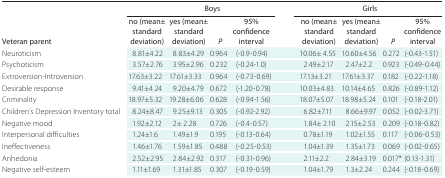
<table><thead><tr><td></td><td colspan="4"><b>Boys</b></td><td colspan="4"><b>Girls</b></td></tr><tr><td><b>Veteran parent</b></td><td><b>no (mean±standard deviation)</b></td><td><b>yes (mean± standard deviation)</b></td><td><b><i>P</i></b></td><td><b>95% confidence interval</b></td><td><b>no (mean± standard deviation)</b></td><td><b>yes (mean± standard deviation)</b></td><td><b><i>P</i></b></td><td><b>95% confidence interval</b></td></tr></thead><tbody><tr><td>Neuroticism</td><td>8.81±4.22</td><td>8.83±4.29</td><td>0.964</td><td>(-0.9-0.94)</td><td>10.06± 4.55</td><td>10.60±4.56</td><td>0.272</td><td>(-0.43-1.51)</td></tr><tr><td>Psychoticism</td><td>3.57±2.76</td><td>3.95±2.96</td><td>0.232</td><td>(-0.24-1.0)</td><td>2.49±2.17</td><td>2.47±2.2</td><td>0.923</td><td>(-0.49-0.44)</td></tr><tr><td>Extroversion-Introversion</td><td>17.63±3.22</td><td>17.61±3.33</td><td>0.964</td><td>(-0.73-0.69)</td><td>17.13±3.21</td><td>17.61±3.37</td><td>0.182</td><td>(-0.22-1.18)</td></tr><tr><td>Desirable response</td><td>9.41±4.24</td><td>9.20±4.79</td><td>0.672</td><td>(-1.20-0.78)</td><td>10.03±4.83</td><td>10.14±4.65</td><td>0.826</td><td>(-0.89-1.12)</td></tr><tr><td>Criminality</td><td>18.97±5.32</td><td>19.28±6.06</td><td>0.628</td><td>(-0.94-1.56)</td><td>18.07±5.07</td><td>18.98±5.24</td><td>0.101</td><td>(-0.18-2.01)</td></tr><tr><td>Children’s Depression Inventory total</td><td>8.24±8.47</td><td>9.25±9.13</td><td>0.305</td><td>(-0.92-2.92)</td><td>6.82±7.11</td><td>8.66±9.97</td><td>0.052</td><td>(-0.02-3.71)</td></tr><tr><td>Negative mood</td><td>1.92±2.12</td><td>2± 2.28</td><td>0.726</td><td>(-0.4-0.57)</td><td>1.84± 2.10</td><td>2.15±2.53</td><td>0.209</td><td>(-0.18-0.82)</td></tr><tr><td>Interpersonal difficulties</td><td>1.24±1.6</td><td>1.49±1.9</td><td>0.195</td><td>(-0.13-0.64)</td><td>0.78±1.19</td><td>1.02±1.55</td><td>0.117</td><td>(-0.06-0.53)</td></tr><tr><td>Ineffectiveness</td><td>1.46±1.76</td><td>1.59±1.85</td><td>0.488</td><td>(-0.25-0.53)</td><td>1.04±1.39</td><td>1.35±1.73</td><td>0.069</td><td>(-0.02-0.65)</td></tr><tr><td>Anhedonia</td><td>2.52±2.95</td><td>2.84±2.92</td><td>0.317</td><td>(-0.31-0.96)</td><td>2.11±2.2</td><td>2.84±3.19</td><td>0.017*</td><td>(0.13-1.31)</td></tr><tr><td>Negative self-esteem</td><td>1.11±1.69</td><td>1.31±1.85</td><td>0.307</td><td>(-0.19-0.59)</td><td>1.04±1.79</td><td>1.3±2.24</td><td>0.244</td><td>(-0.18-0.69)</td></tr></tbody></table>